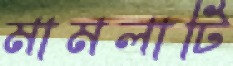
মামলাটি